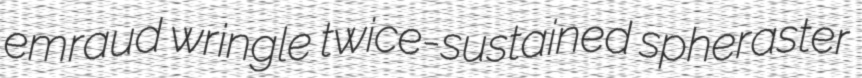
emraud wringle twice-sustained spheraster